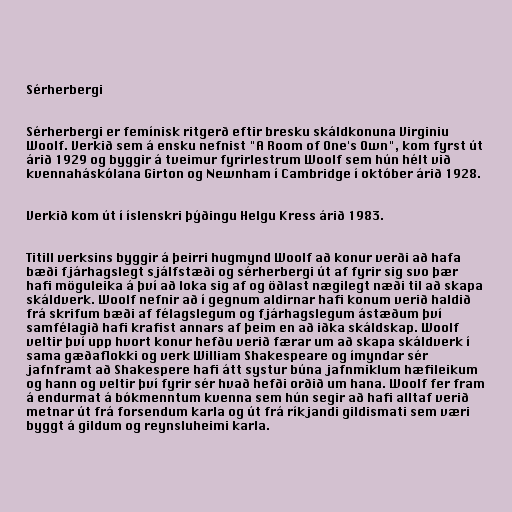
Sérherbergi

Sérherbergi er femínisk ritgerð eftir bresku skáldkonuna Virginiu
Woolf. Verkið sem á ensku nefnist "A Room of One's Own", kom fyrst út
árið 1929 og byggir á tveimur fyrirlestrum Woolf sem hún hélt við
kvennaháskólana Girton og Newnham í Cambridge í október árið 1928.

Verkið kom út í íslenskri þýðingu Helgu Kress árið 1983.

Titill verksins byggir á þeirri hugmynd Woolf að konur verði að hafa
bæði fjárhagslegt sjálfstæði og sérherbergi út af fyrir sig svo þær
hafi möguleika á því að loka sig af og öðlast nægilegt næði til að skapa
skáldverk. Woolf nefnir að í gegnum aldirnar hafi konum verið haldið
frá skrifum bæði af félagslegum og fjárhagslegum ástæðum því
samfélagið hafi krafist annars af þeim en að iðka skáldskap. Woolf
veltir því upp hvort konur hefðu verið færar um að skapa skáldverk í
sama gæðaflokki og verk William Shakespeare og ímyndar sér
jafnframt að Shakespere hafi átt systur búna jafnmiklum hæfileikum
og hann og veltir því fyrir sér hvað hefði orðið um hana. Woolf fer fram
á endurmat á bókmenntum kvenna sem hún segir að hafi alltaf verið
metnar út frá forsendum karla og út frá ríkjandi gildismati sem væri
byggt á gildum og reynsluheimi karla.